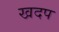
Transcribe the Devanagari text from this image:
खदप